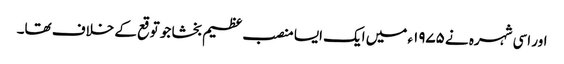
اور اسی شہرہ نے ۱۹۷۵ء میں ایک ایسا منصب عظیم بخشا جو توقع کے خلاف تھا۔